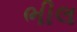
ભીલ